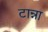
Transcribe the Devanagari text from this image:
टान्ना